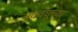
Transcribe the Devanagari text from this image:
नववधूच्या